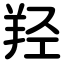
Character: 羟